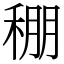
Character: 稝